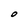
Character: O